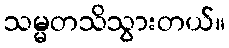
သမ္မတသိသွားတယ်။